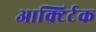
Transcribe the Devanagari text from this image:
आक्टिर्टक